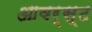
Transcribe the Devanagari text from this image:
आवर्स्ट